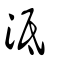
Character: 泜